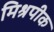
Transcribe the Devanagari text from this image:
मिश्रपीक